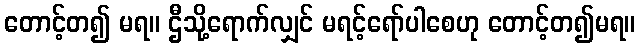
တောင့်တ၍ မရ။ ဌီသို့ရောက်လျှင် မရင့်ရော်ပါစေဟု တောင့်တ၍မရ။